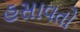
હસાવતો